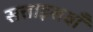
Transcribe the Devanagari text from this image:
सत्ताइसवाँ